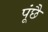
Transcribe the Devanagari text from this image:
पूंछै